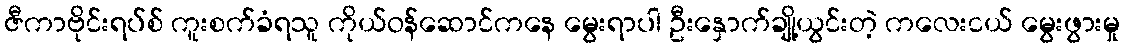
ဇီကာဗိုင်းရပ်စ် ကူးစက်ခံရသူ ကိုယ်ဝန်ဆောင်ကနေ မွေးရာပါ ဦးနှောက်ချို့ယွင်းတဲ့ ကလေးငယ် မွေးဖွားမှု